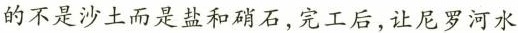
的不是沙土而是盐和硝石，完工后，让尼罗河水